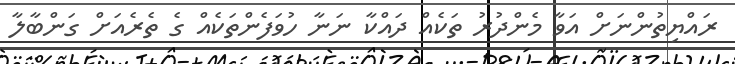
ރައްޔިތުންނަށް އަވާ މެންދުރު ތަކެއް ދައްކާ ނަނާ ހުވަފެންތަކެއް ގެ ތެރެއަށް ގަންބާލާ